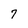
Character: 7